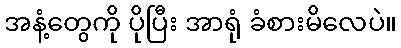
အနံ့တွေကို ပိုပြီး အာရုံ ခံစားမိလေပဲ။